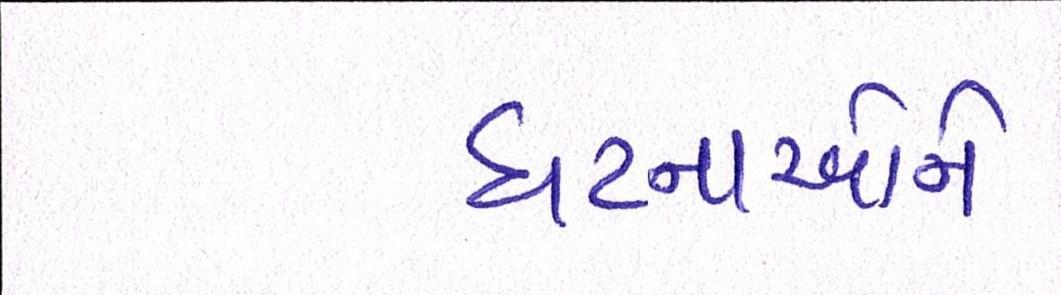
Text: ઘટનાઓને